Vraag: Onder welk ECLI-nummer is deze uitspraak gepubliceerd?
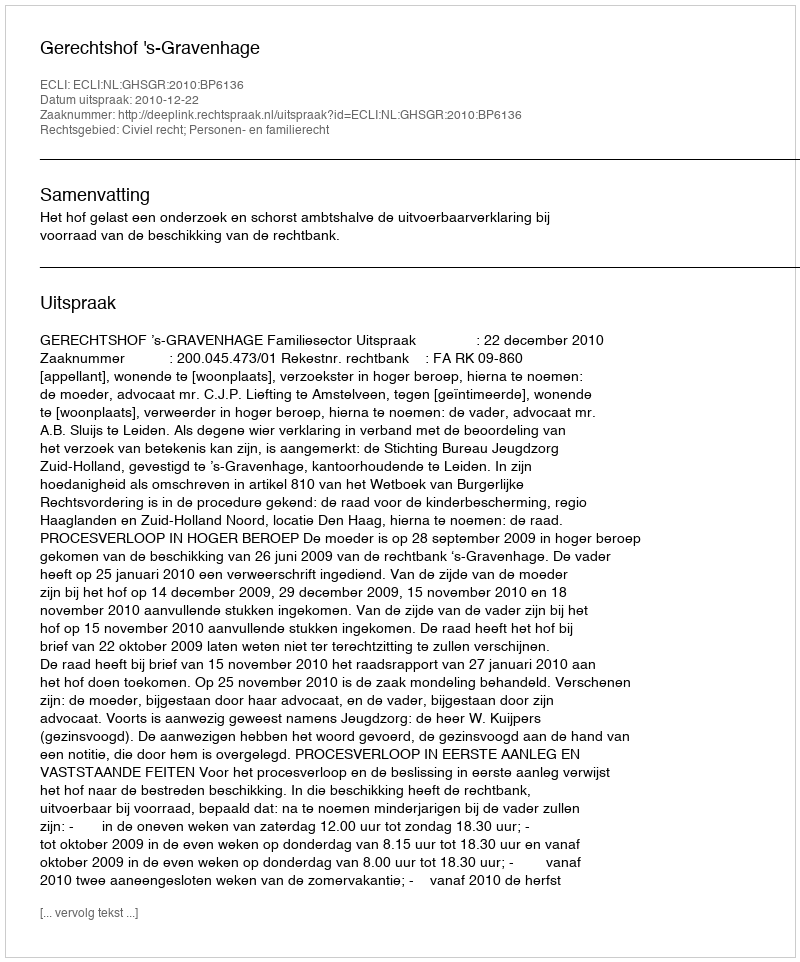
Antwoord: ECLI:NL:GHSGR:2010:BP6136